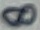
Text: 8